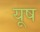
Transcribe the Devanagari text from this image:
यूष